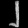
Digit: ၂